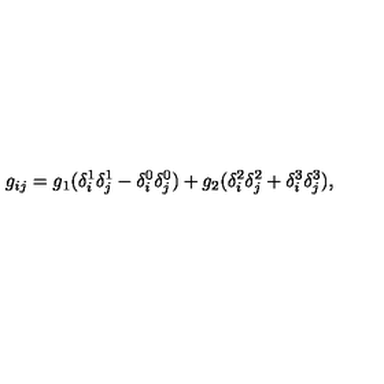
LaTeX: g _ { i j } = g _ { 1 } ( \delta _ { i } ^ { 1 } \delta _ { j } ^ { 1 } - \delta _ { i } ^ { 0 } \delta _ { j } ^ { 0 } ) + g _ { 2 } ( \delta _ { i } ^ { 2 } \delta _ { j } ^ { 2 } + \delta _ { i } ^ { 3 } \delta _ { j } ^ { 3 } ) ,